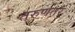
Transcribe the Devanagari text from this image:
तरुणतर